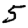
Digit: 5